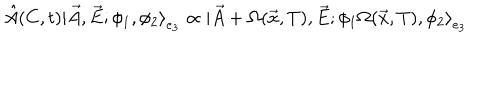
\hat { A } ( C , t ) | \vec { A } , \vec { E } ; \phi _ { 1 } , \phi _ { 2 } { \rangle } _ { e _ { 3 } } \propto | \vec { A } + \Omega ( \vec { x } , T ) , \vec { E } ; \phi _ { 1 } \Omega ( \vec { x } , T ) , \phi _ { 2 } { \rangle } _ { e _ { 3 } }